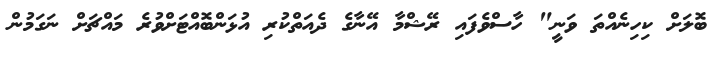
ބޮލަށް ކިހިނެއްތަ ވަނީ" ހާސްވެފައި ރޭޝްމާ އޭނާގެ ދެއަތްކުރި އުޅަންބޮއްޓަށްވުރެ މައްޗަށް ނަގަމުން